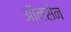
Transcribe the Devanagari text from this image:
ऑनसेन